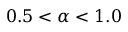
0 . 5 < \alpha < 1 . 0